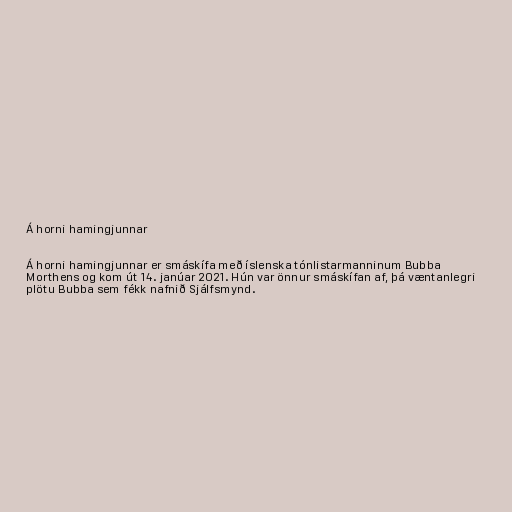
Á horni hamingjunnar

Á horni hamingjunnar er smáskífa með íslenska tónlistarmanninum Bubba
Morthens og kom út 14. janúar 2021. Hún var önnur smáskífan af, þá væntanlegri
plötu Bubba sem fékk nafnið Sjálfsmynd.